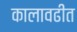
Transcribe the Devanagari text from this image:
कालावढीत